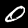
Label: 0